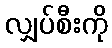
လျှပ်စီးကို